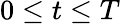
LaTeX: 0\leq t\leq T